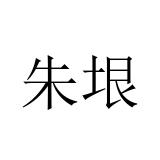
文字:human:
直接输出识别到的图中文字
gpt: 朱垠